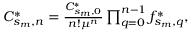
\begin{array} { r } { C _ { s _ { m } , n } ^ { * } = \frac { C _ { s _ { m } , 0 } ^ { * } } { n ! \mu ^ { n } } \prod _ { q = 0 } ^ { n - 1 } f _ { s _ { m } , q } ^ { * } , } \end{array}